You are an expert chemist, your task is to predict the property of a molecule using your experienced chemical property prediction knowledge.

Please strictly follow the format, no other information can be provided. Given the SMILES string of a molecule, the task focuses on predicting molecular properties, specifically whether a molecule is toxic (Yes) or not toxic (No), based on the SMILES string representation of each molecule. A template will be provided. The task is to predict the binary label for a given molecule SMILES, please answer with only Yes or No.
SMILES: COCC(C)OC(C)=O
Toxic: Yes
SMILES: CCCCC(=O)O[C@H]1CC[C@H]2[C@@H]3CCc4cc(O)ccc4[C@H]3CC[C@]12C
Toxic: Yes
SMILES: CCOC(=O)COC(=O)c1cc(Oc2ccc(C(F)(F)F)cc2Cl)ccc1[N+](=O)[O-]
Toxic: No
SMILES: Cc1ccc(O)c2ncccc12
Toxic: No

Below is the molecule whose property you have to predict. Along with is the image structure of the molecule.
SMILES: O=C1c2ccccc2C(=O)C1c1ccc(Cl)cc1
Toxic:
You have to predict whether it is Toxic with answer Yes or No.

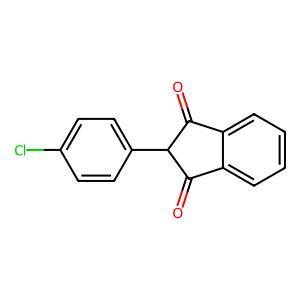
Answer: No